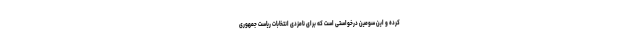
کرده و این سومین درخواستی است که برای نامزدی انتخابات ریاست جمهوری